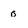
Character: o